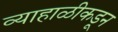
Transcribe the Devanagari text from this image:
व्याहाळीकडून